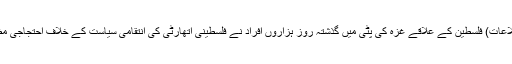
مرکز اطلاعات) فلسطین کے علاقے غزہ کی پٹی میں گذشتہ روز ہزاروں افراد نے فلسطینی اتھارٹی کی انتقامی سیاست کے خلاف احتجاجی مظاہرہ کیا۔